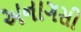
અનાગસી